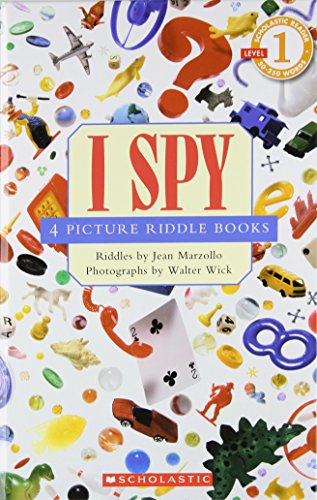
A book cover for I Spy: 4 Picture Riddle Books (School Reader Collection Lvl 1: (Scholastic Reader Collection); Jean Marzollo; Children's Books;